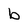
Character: b